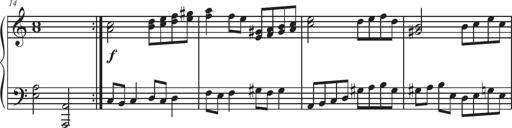
Title: Sonatina Espania
Composer: Jerald Franklin Archer
Key: Various